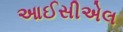
આઈસીએલ